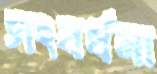
সংবর্ধনা